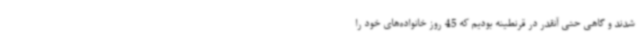
شدند و گاهی حتی آنقدر در قرنطینه بودیم که 45 روز خانواده‌های خود را